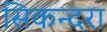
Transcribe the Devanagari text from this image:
सिकन्‍दरा